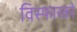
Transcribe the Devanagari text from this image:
विस्फारकों